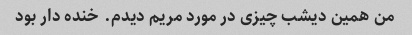
من همین دیشب چیزی در مورد مریم دیدم. خنده دار بود